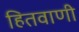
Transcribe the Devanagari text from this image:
हितवाणी